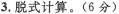
3.脱式计算。(6分)